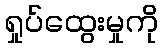
ရှုပ်ထွေးမှုကို